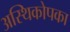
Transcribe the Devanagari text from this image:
अस्थिकोपका